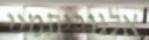
אלגוריתמיי